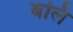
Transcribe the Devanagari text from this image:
बलिं